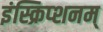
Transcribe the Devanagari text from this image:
इंस्क्रिप्शनम्